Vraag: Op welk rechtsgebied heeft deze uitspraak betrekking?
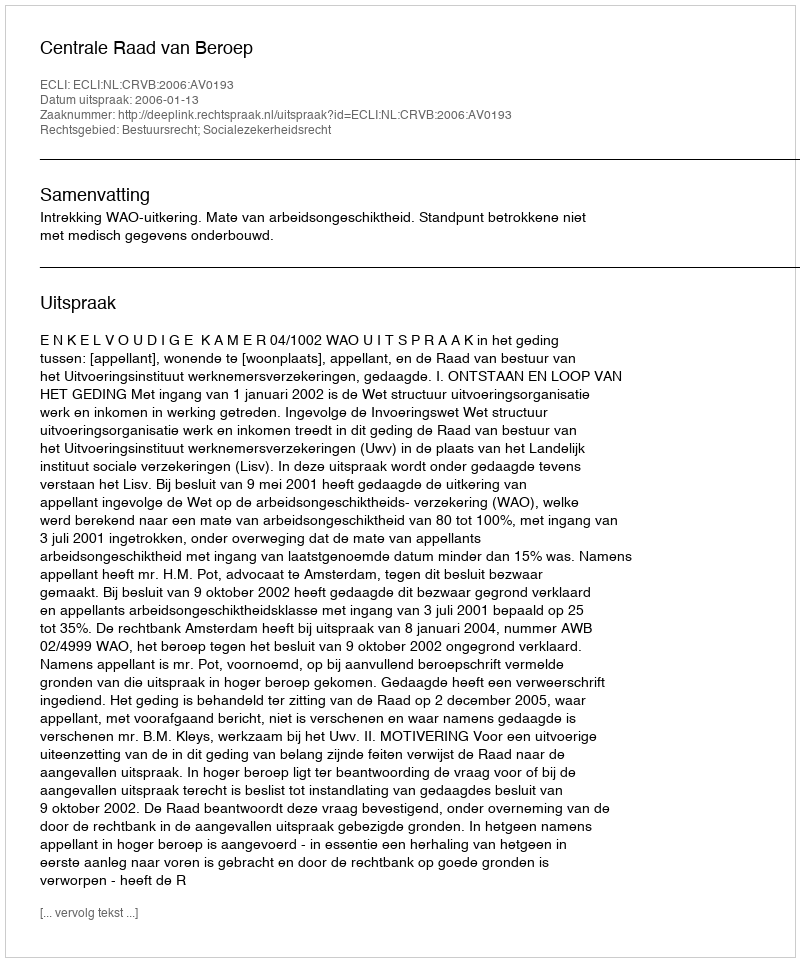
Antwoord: Bestuursrecht; Socialezekerheidsrecht